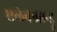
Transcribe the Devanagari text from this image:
एलेक्जान्ड्रु